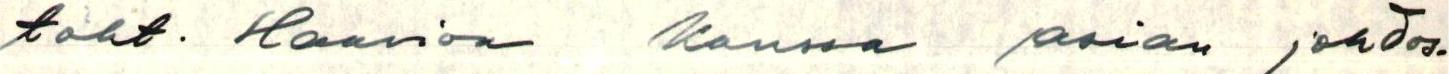
toht. Haavion kanssa asian johdos-